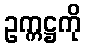
ဥက္ကဋ္ဌကို